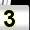
Digit: 3